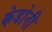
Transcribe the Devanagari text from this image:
केडोनी